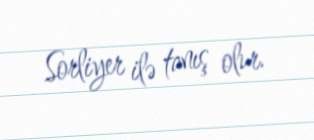
Sorliyer ilə tanış olur.